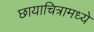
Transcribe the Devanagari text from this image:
छायाचित्रामध्ये